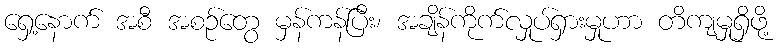
ရှေ့နောက် အစီ အစဉ်တွေ မှန်ကန်ပြီး၊ အချိန်ကိုက်လှုပ်ရှားမှုဟာ တိကျမှုရှိဖို့